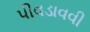
પીવડાવવી